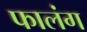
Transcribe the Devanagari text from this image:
फालंग